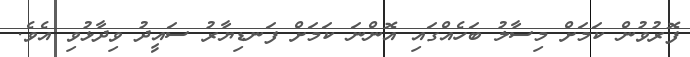
ފޮރުވުން ކަމަށް މިސާލު ބަހެއްގައި އޮންނަ ކަމަށް ފަނޑިޔާރު ސައީދު ވިދާޅުވި އެވެ.